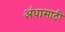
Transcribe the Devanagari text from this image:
अंधासाठी